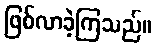
ဖြစ်လာခဲ့ကြသည်။